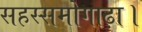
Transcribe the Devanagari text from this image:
सहस्समोगाढ़ा।